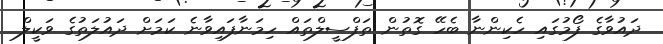
ދައުވާގެ ފޯމުގައި ހެކިންނާ ބެހޭ ގޮތުން ތަފްސީލްތައް ހިމަނާފައިވާނެ ކަމަށް ދައުލަތުގެ ވަކީލް